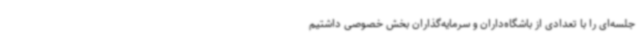
جلسه‌ای را با تعدادی از باشگاه‌داران و سرمایه‌گذاران بخش خصوصی داشتیم